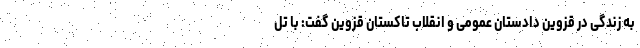
به زندگی در قزوین دادستان عمومی و انقلاب تاکستان قزوین گفت: با تل